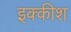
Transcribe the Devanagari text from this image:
इक्कीश